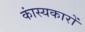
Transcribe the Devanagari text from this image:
कांस्यकारों